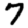
Digit: 7